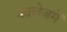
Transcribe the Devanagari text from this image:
कालेजमें